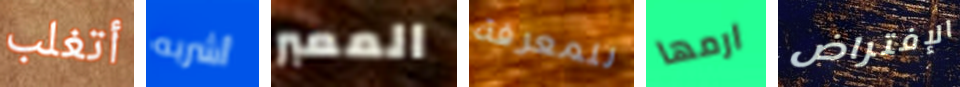
أتغلب أشربه المعبر للمعرفة ارمها الإفتراض